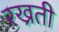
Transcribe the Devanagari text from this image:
रख्रती